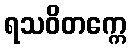
ရသဝိတက္ကေ